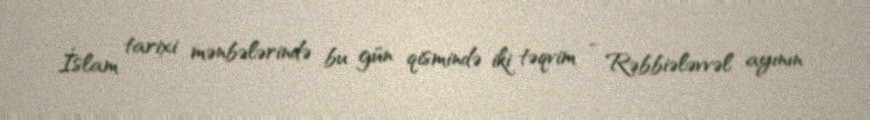
İslam tarixi mənbələrində bu gün qismində iki təqvim - Rəbbiələvvəl ayının